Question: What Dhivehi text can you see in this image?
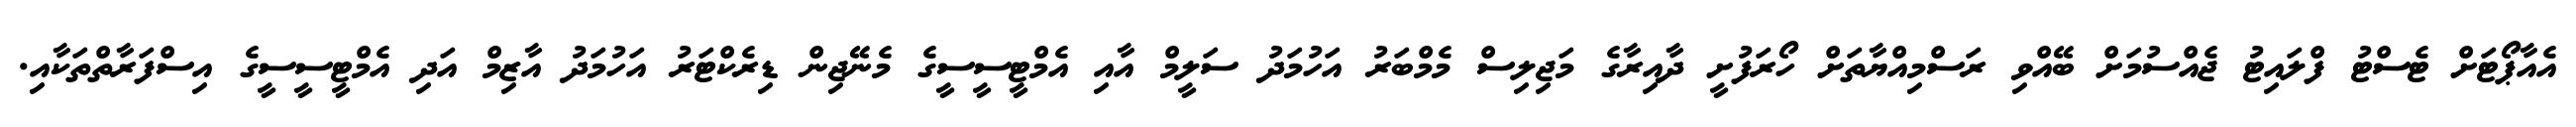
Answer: އެއާޕޯޓަށް ޓެސްޓު ފްލައިޓު ޖެއްސުމަށް ބޭއްވި ރަސްމިއްޔާތަށް ހޯރަފުށީ ދާއިރާގެ މަޖިލިސް މެމްބަރު އަހުމަދު ސަލީމް އާއި އެމްޓީސީސީގެ މެނޭޖިން ޑިރެކްޓަރު އަހުމަދު އާޒިމް އަދި އެމްޓީސީސީގެ އިސްފަރާތްތަކާއި.